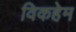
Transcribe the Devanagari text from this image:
विकहेम